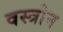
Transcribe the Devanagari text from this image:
वस्त्रोन